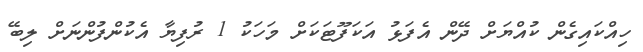
ހިއްކައިގެން ކުއްޔަށް ދޭން އެފަޅު އަކަފޫޓަކަށް މަހަކު 1 ރުފިޔާ އެކުންފުންނަށް ލިބޭ